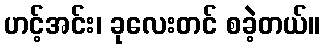
ဟင့်အင်း၊ ခုလေးတင် စခဲ့တယ်။